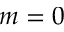
m = 0